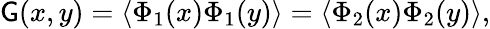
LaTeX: {\cal\mathsf{G}}(x,y)=\langle\Phi_{1}(x)\Phi_{1}(y)\rangle=\langle\Phi_{2}(x)\Phi_{2}(y)\rangle,